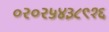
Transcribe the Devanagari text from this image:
०२०२५४३८९१६